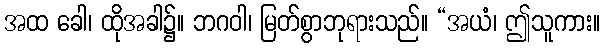
အထ ခေါ၊ ထိုအခါ၌။ ဘဂဝါ၊ မြတ်စွာဘုရားသည်။ “အယံ၊ ဤသူကား။